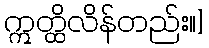
ဣတ္ထိလိန်တည်း။]